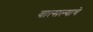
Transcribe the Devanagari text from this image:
वात्सल्याचे